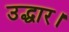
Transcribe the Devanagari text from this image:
उद्धार।